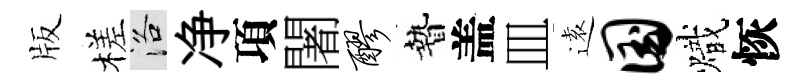
版槎洛净項闍醪贄盖皿逺国熾恢